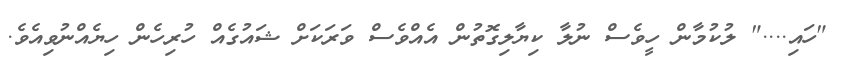
"ހައި...." ލުކުމާން ހީވެސް ނުލާ ކިޔާލިގޮތުން އެއްވެސް ވަރަކަށް ޝައުގެއް ހުރިހެން ހިޔެއްނުވިއެވެ.